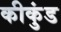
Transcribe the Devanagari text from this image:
कीकुंड